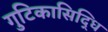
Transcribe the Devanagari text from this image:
गुटिकासिद्धि